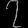
Digit: ၇